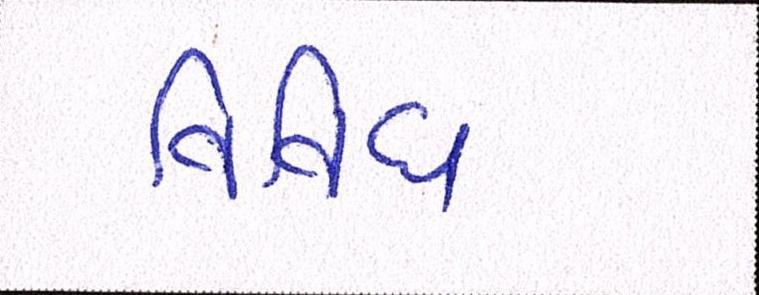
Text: વિવિધ